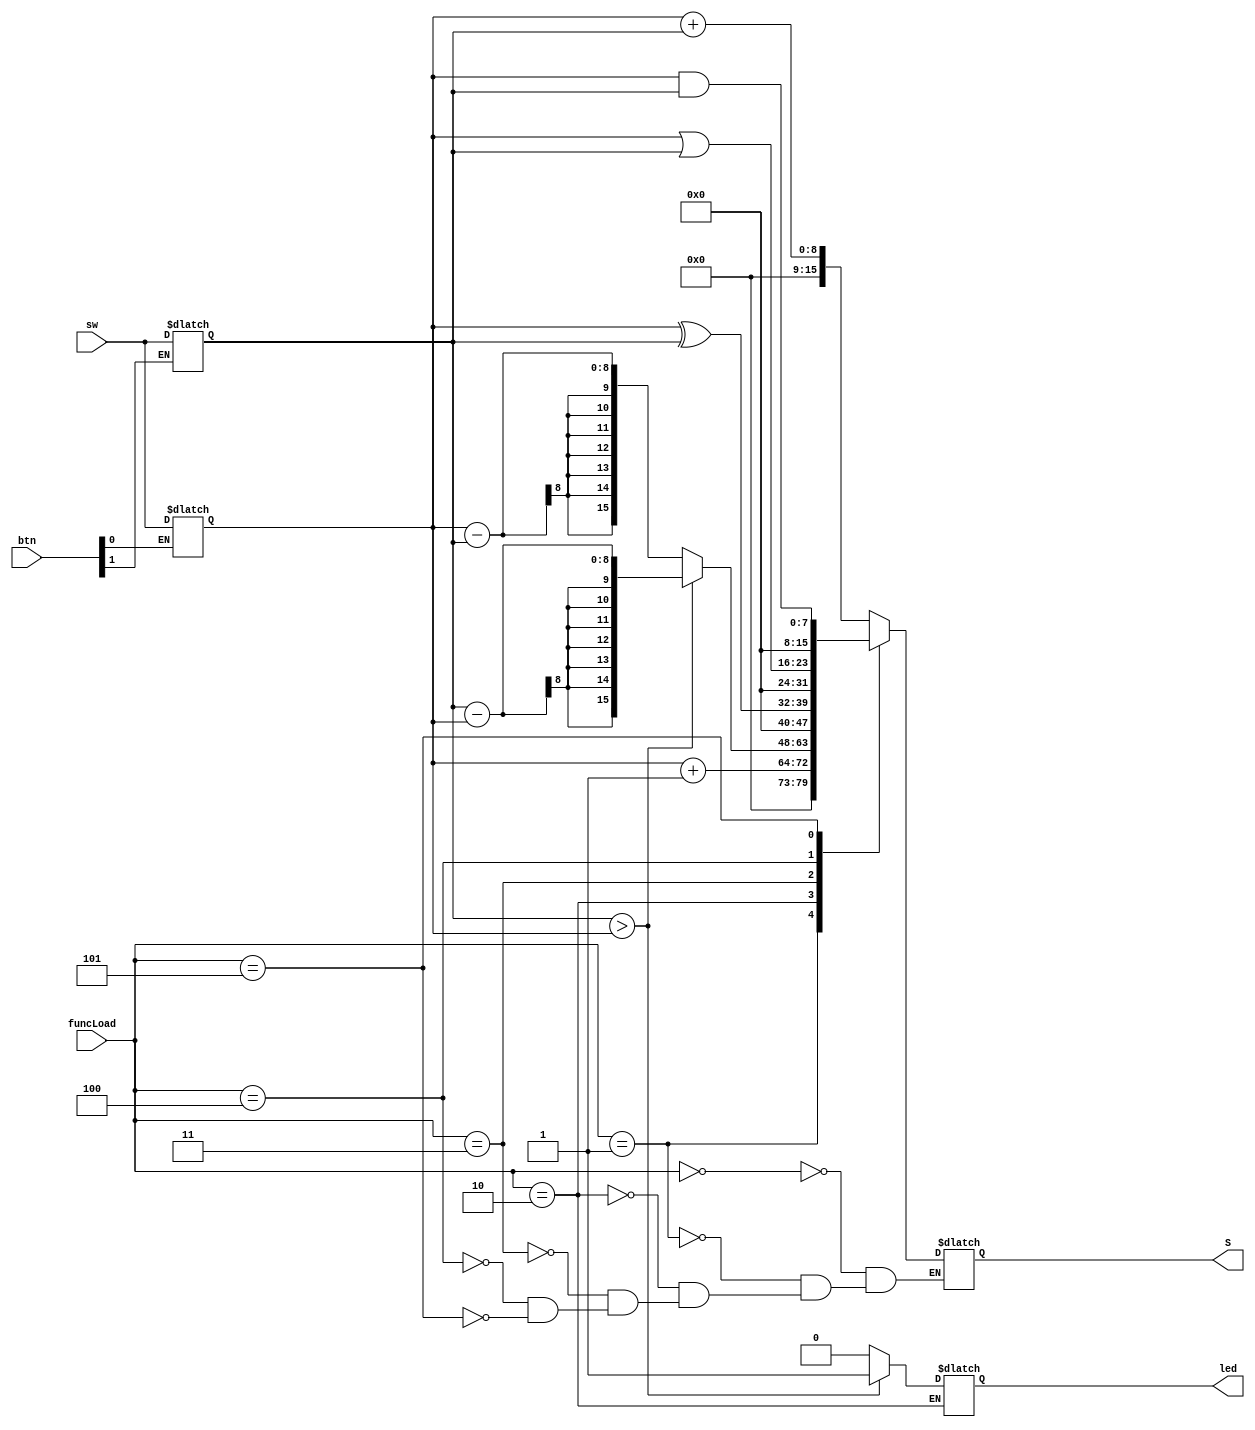
`timescale 1ns / 1ps
//////////////////////////////////////////////////////////////////////////////////
// Company: 
// Engineer: 
// 
// Design Name: 
// Module Name: functions
// Project Name: 
// Target Devices: 
// Tool Versions: 
// Description: 
// 
// Dependencies: 
// 
// Revision:
// Revision 0.01 - File Created
// Additional Comments:
// 
//////////////////////////////////////////////////////////////////////////////////


module functions(
    input [7:0] sw,
    input [2:0] funcLoad,
    input [1:0] btn,
    
    output reg [15:0] S,
    output reg led
    );
    
    reg [7:0] op1, op2, temp;
    
    always@(btn,funcLoad) begin
        if(btn[0]) op1 <= sw;
        if(btn[1]) op2 <= sw;
 
    end
    
    
    always@(funcLoad)begin
    
        case(funcLoad)
        3'b000 : S <= op1 + op2;
        3'b001 : S <= op1 + 1;
        3'b010 : begin 
        if(op2 > op1)begin
            S <= op2 - op1;
            led=1;
            end
            else begin
            S <= op1 - op2;
            led=0;
            end
        end
        3'b011 : S <= op1 ^ op2; 
        3'b100 : S <= op1 | op2;
        3'b101 : S <= op1 & op2;
        endcase
    end
    
endmodule